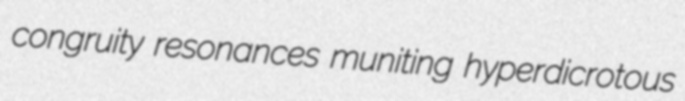
congruity resonances muniting hyperdicrotous